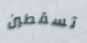
تسقطين